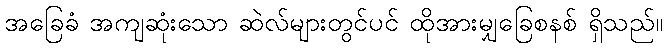
အခြေခံ အကျဆုံးသော ဆဲလ်များတွင်ပင် ထိုအားမျှခြေစနစ် ရှိသည်။